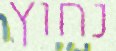
נחוץ